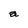
Character: a